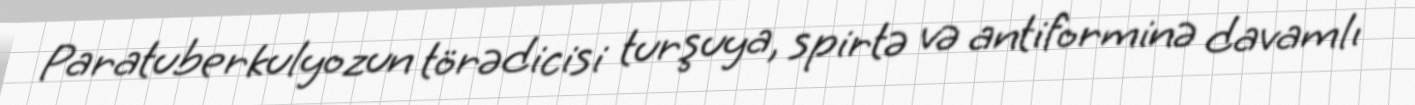
Paratuberkulyozun törədicisi turşuya, spirtə və antiforminə davamlı